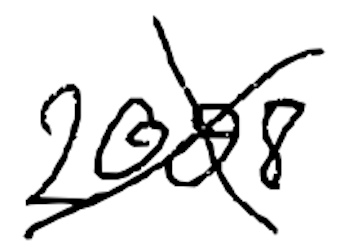
Text: 2008.
Cross-out: cross
Writing tool: digital_black